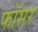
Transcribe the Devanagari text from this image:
फॉसर